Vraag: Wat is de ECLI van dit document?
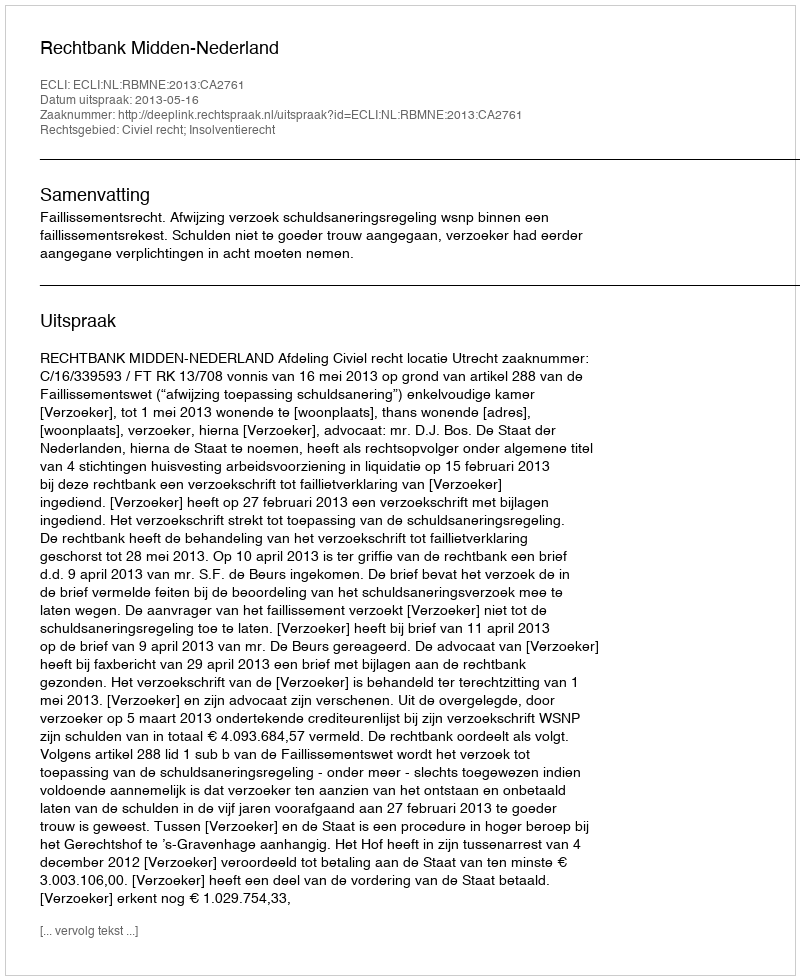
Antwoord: ECLI:NL:RBMNE:2013:CA2761